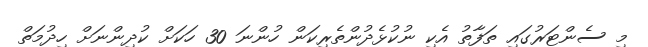
މި ސެންޓަރުގައި ތަފާތު އެކި ނުކުޅެދުންތެރިކަން ހުންނަ 30 ހަކަށް ކުދިންނަށް ހިދުމަތް